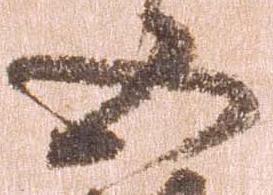
五